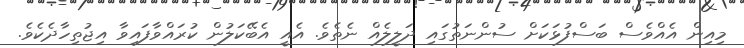
މިއިން އެއްވެސް ބަސްފުޅަކަށް ސުންނަތުގައި ދަލީލެއް ނެތެވެ. އެއީ އެބޭކަލުން ކުރައްވާފައިވާ އިޖުތިހާދެކެވެ.